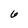
Character: 6